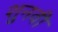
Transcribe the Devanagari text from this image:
शुनवी